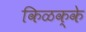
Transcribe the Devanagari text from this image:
किळक्के